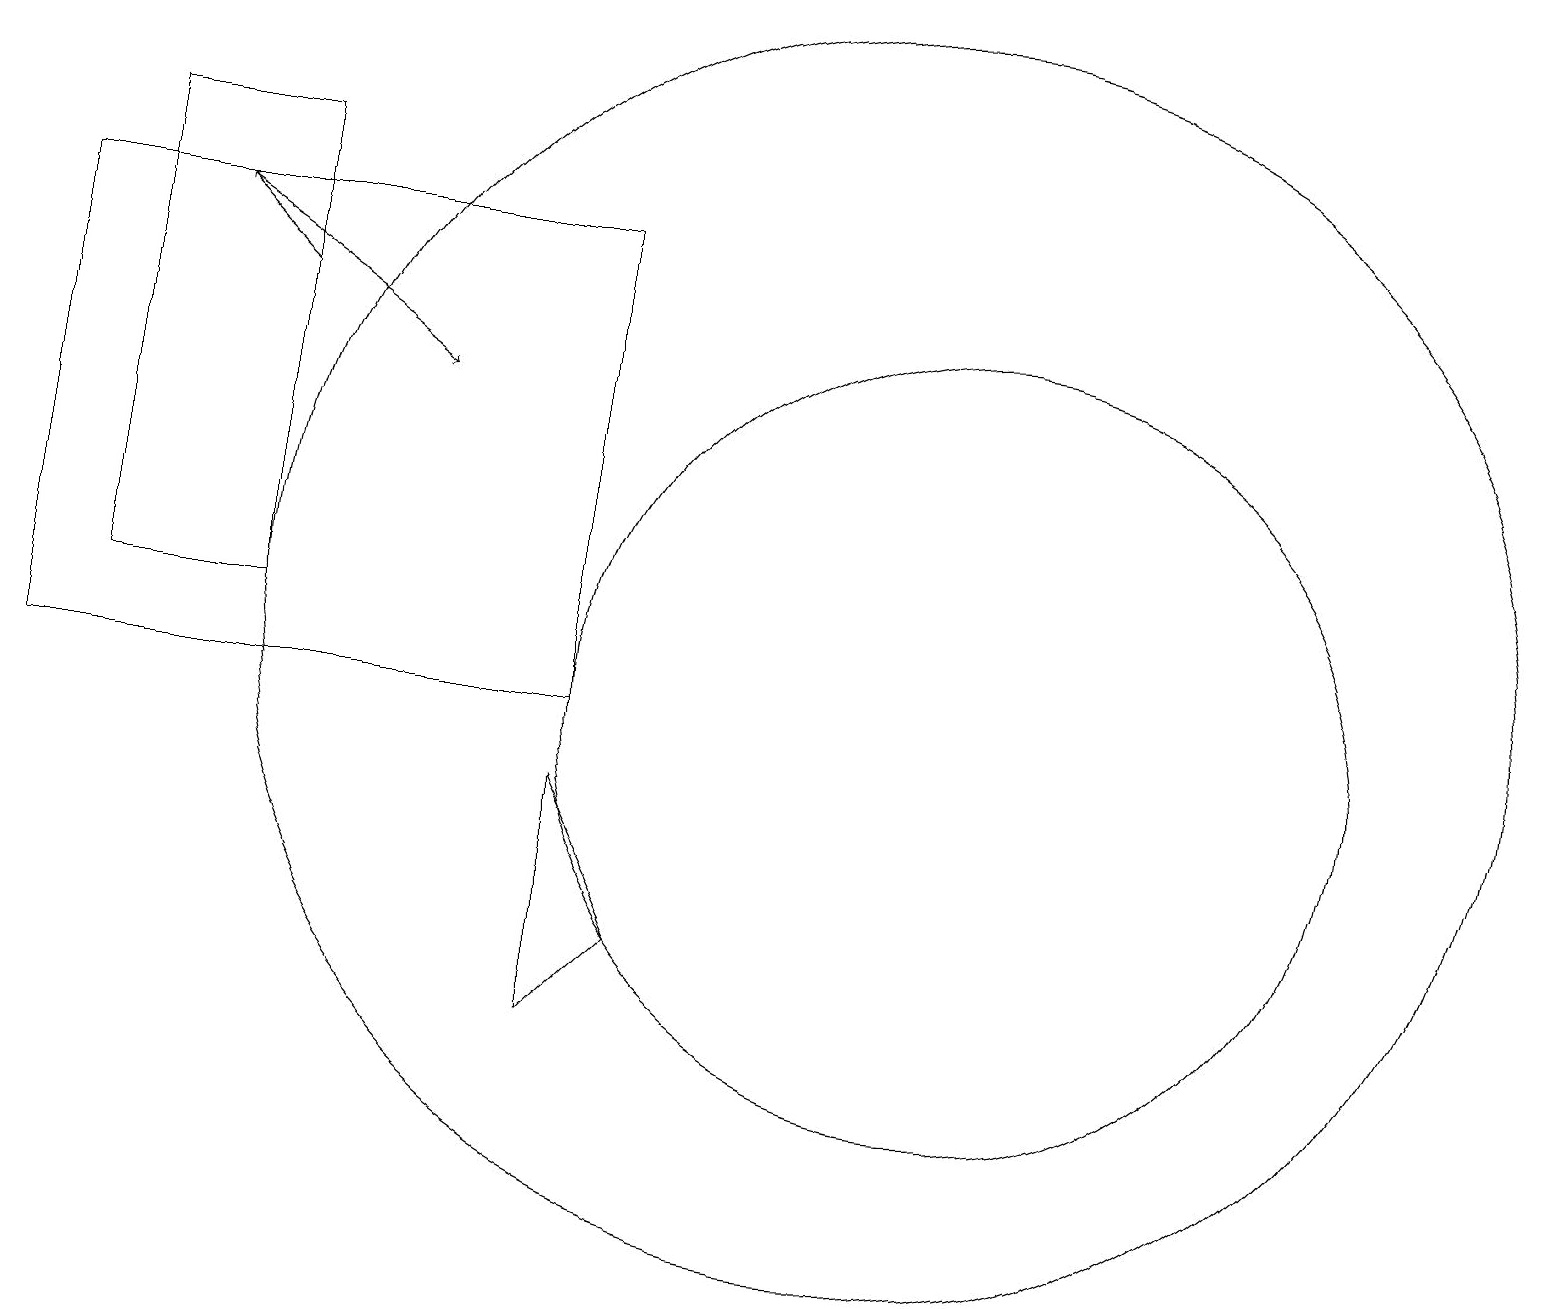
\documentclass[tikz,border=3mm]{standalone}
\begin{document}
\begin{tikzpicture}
\draw[->] (2,16) -- (5,14);
\draw (11,11) circle (8);
\draw (0,10) rectangle (7,16);
\draw (12,10) circle (5);
\draw (7,9) -- (8,7) -- (7,6) -- cycle;
\draw (1,11) rectangle (3,17);
\draw[->] (3,15) -- (2,16);
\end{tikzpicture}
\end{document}